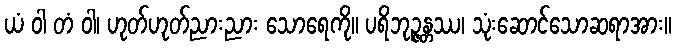
ယံ ဝါ တံ ဝါ၊ ဟုတ်ဟုတ်ညားညား သောရေကို။ ပရိဘုဉ္ဇန္တဿ၊ သုံးဆောင်သောဆရာအား။